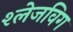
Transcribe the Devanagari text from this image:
श्लेजविग